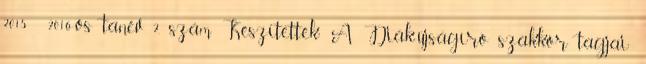
2015 2016-os tanév 2. szám Készítették: A Diák-újságíró szakkör tagjai: